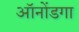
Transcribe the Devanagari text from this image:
ऑनोंडगा